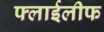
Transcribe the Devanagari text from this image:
फ्लाईलीफ